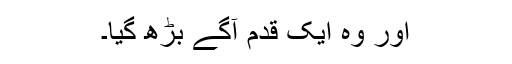
اور وہ ایک قدم آگے بڑھ گیا۔